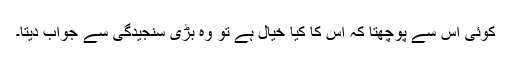
کوئی اس سے پوچھتا کہ اس کا کیا خیال ہے تو وہ بڑی سنجیدگی سے جواب دیتا۔